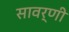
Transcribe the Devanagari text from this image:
सावर्णी